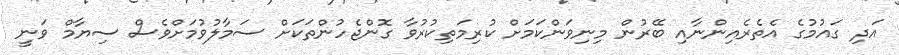
އަދި ގައުމުގެ އެތެރެއިންނާއި ބޭރުން މިނިވަންކަމަށް ކުރިމަތިކުރުވާ ގޮންޖެހުންތަކަށް ސަމާލުވުމަށްވެސް ސިޔާމް ވަނީ